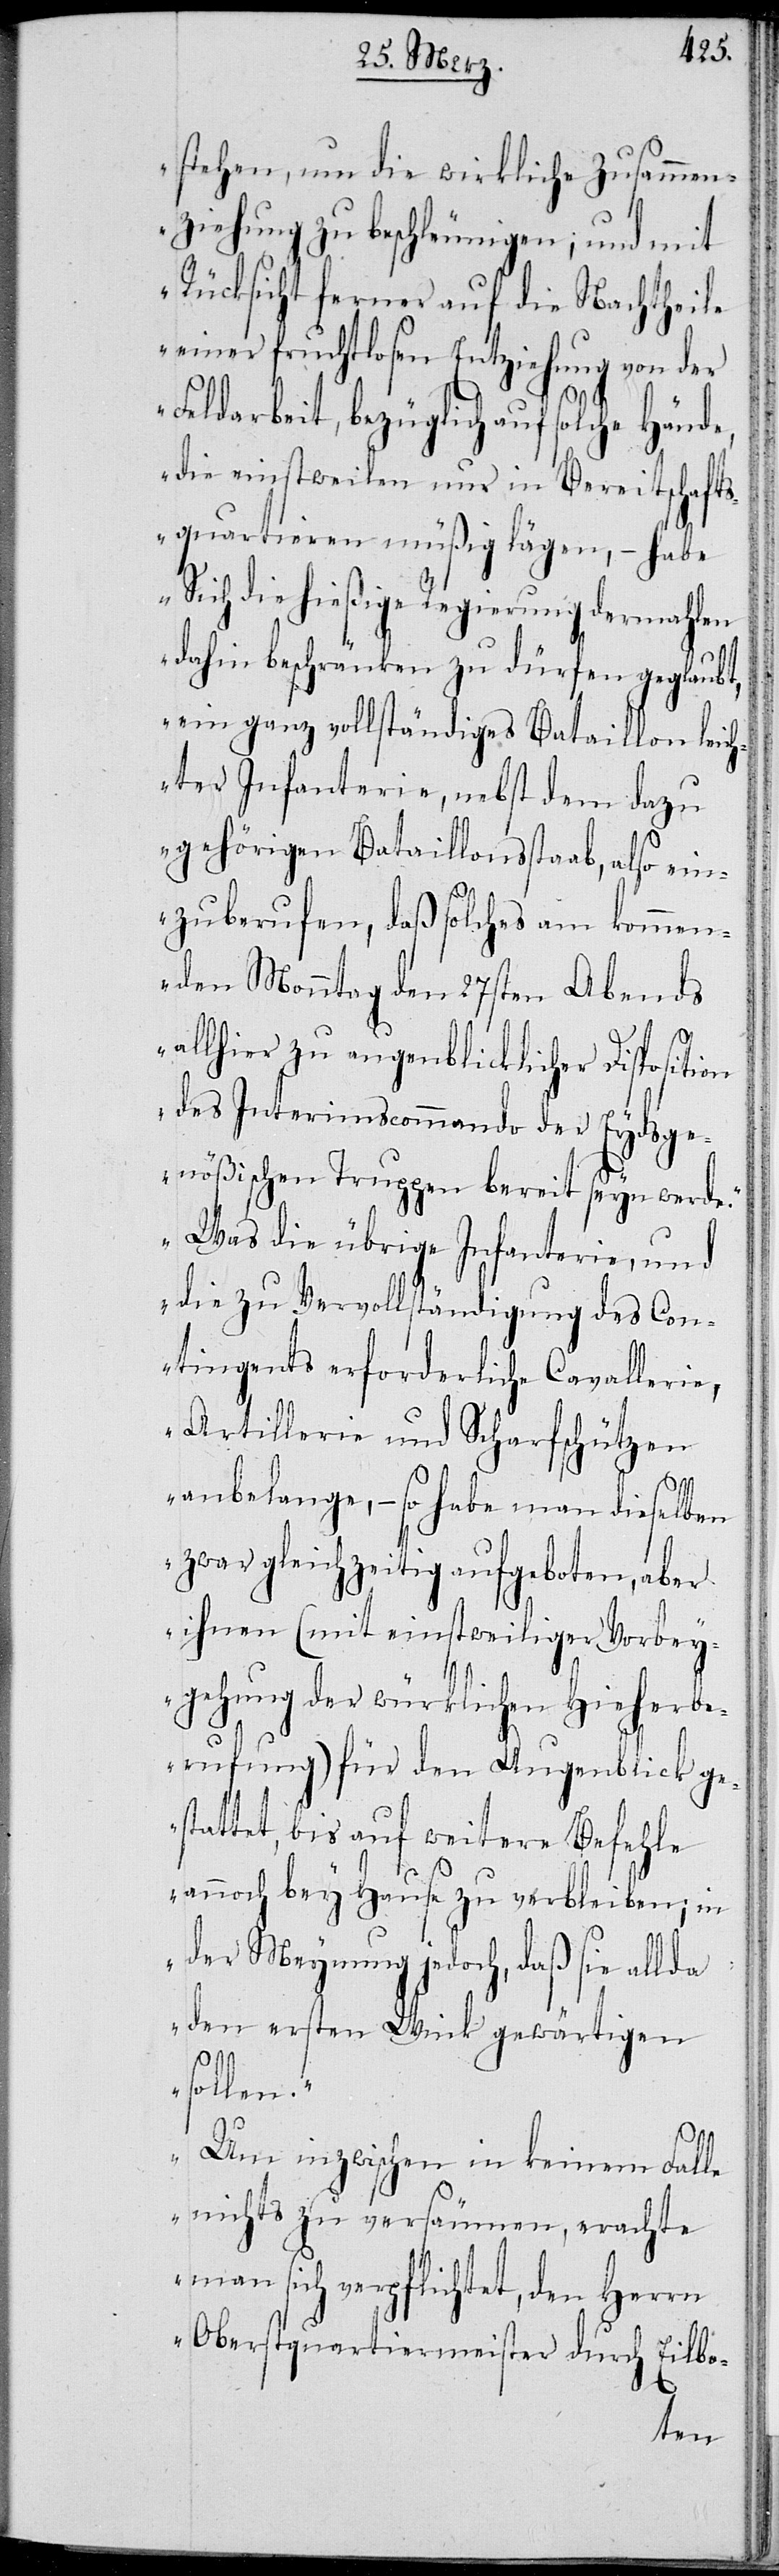
stehen, um die wirkliche Zusammen¬
ziehung zu beschleunigen; und mit
Rücksicht ferner auf die Nachtheile
einer fruchtlosen Entziehung von der
Feldarbeit, bezüglich auf solche Hände,
die einstweilen nur in Bereitschafts¬
quartieren müßig lägen, – habe
Sich die hießige Regierung dermahlen
dahin beschränken zu dürfen geglaubt,
ein ganz vollständiges Bataillon leich¬
ter Infanterie, nebst dem dazu
gehörigen Bataillonsstaab, also ein¬
zuberufen, daß solches am kommen¬
den Monntag den 27sten Abends
allhier zu augenblicklicher Disposition
des Interimscommando der Eydsge¬
nößischen Truppen bereit seyn werde.
Was die übrige Infanterie, und
die zu Vervollständigung des Con¬
tingents erforderliche Cavallerie,
Artillerie und Scharfschützen
anbelange, – so habe man dieselben
zwar gleichzeitig aufgeboten, aber
ihren (mit einstweiliger Vorbey¬
gehung der würklichen Hieherbe¬
rufung) für den Augenblick ge¬
stattet, bis auf weitere Befehle
auch bey Hause zu verbleiben; in
der Meynung jedoch, daß sie allda
den ersten Wink gewärtigen
sollen.
Um inzwischen in keinem Fall
nichts zu versäumen, erachte
man sich verpflichtet, den Herrn
Oberstquartiermeister durch Eilbo-